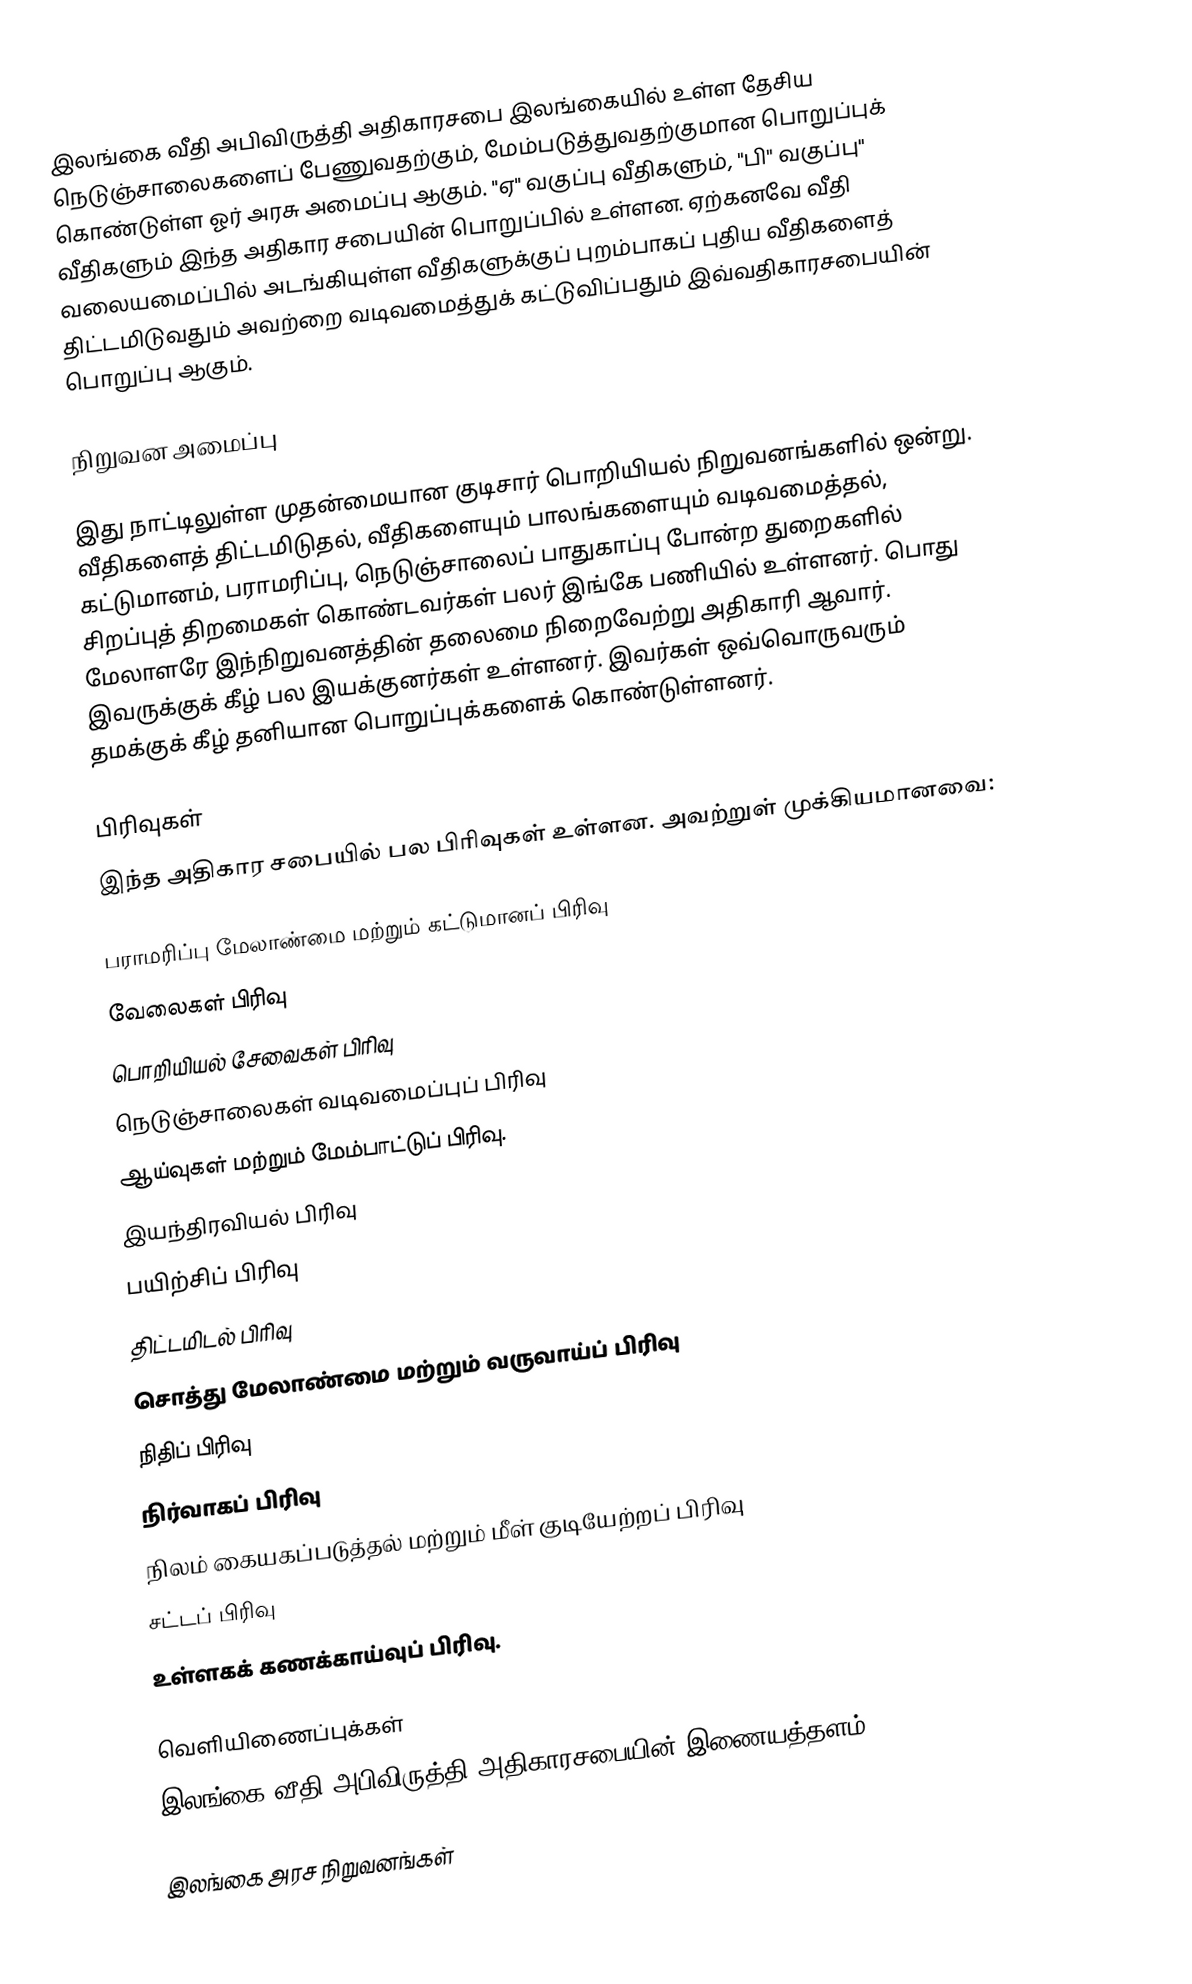
இலங்கை வீதி அபிவிருத்தி அதிகாரசபை இலங்கையில் உள்ள தேசிய நெடுஞ்சாலைகளைப் பேணுவதற்கும், மேம்படுத்துவதற்குமான பொறுப்புக் கொண்டுள்ள ஓர் அரசு அமைப்பு ஆகும். "ஏ" வகுப்பு வீதிகளும், "பி" வகுப்பு" வீதிகளும் இந்த அதிகார சபையின் பொறுப்பில் உள்ளன. ஏற்கனவே வீதி வலையமைப்பில் அடங்கியுள்ள வீதிகளுக்குப் புறம்பாகப் புதிய வீதிகளைத் திட்டமிடுவதும் அவற்றை வடிவமைத்துக் கட்டுவிப்பதும் இவ்வதிகாரசபையின் பொறுப்பு ஆகும்.

நிறுவன அமைப்பு

இது நாட்டிலுள்ள முதன்மையான குடிசார் பொறியியல் நிறுவனங்களில் ஒன்று. வீதிகளைத் திட்டமிடுதல், வீதிகளையும் பாலங்களையும் வடிவமைத்தல், கட்டுமானம், பராமரிப்பு, நெடுஞ்சாலைப் பாதுகாப்பு போன்ற துறைகளில் சிறப்புத் திறமைகள் கொண்டவர்கள் பலர் இங்கே பணியில் உள்ளனர். பொது மேலாளரே இந்நிறுவனத்தின் தலைமை நிறைவேற்று அதிகாரி ஆவார். இவருக்குக் கீழ் பல இயக்குனர்கள் உள்ளனர். இவர்கள் ஒவ்வொருவரும் தமக்குக் கீழ் தனியான பொறுப்புக்களைக் கொண்டுள்ளனர்.

பிரிவுகள்
இந்த அதிகார சபையில் பல பிரிவுகள் உள்ளன. அவற்றுள் முக்கியமானவை:

 பராமரிப்பு மேலாண்மை மற்றும் கட்டுமானப் பிரிவு
 வேலைகள் பிரிவு
 பொறியியல் சேவைகள் பிரிவு
 நெடுஞ்சாலைகள் வடிவமைப்புப் பிரிவு
 ஆய்வுகள் மற்றும் மேம்பாட்டுப் பிரிவு.
 இயந்திரவியல் பிரிவு
 பயிற்சிப் பிரிவு
 திட்டமிடல் பிரிவு
 சொத்து மேலாண்மை மற்றும் வருவாய்ப் பிரிவு
 நிதிப் பிரிவு
 நிர்வாகப் பிரிவு
 நிலம் கையகப்படுத்தல் மற்றும் மீள் குடியேற்றப் பிரிவு
 சட்டப் பிரிவு
 உள்ளகக் கணக்காய்வுப் பிரிவு.

வெளியிணைப்புக்கள்
 இலங்கை வீதி அபிவிருத்தி அதிகாரசபையின் இணையத்தளம்

இலங்கை அரச நிறுவனங்கள்